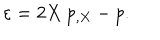
\varepsilon = 2 X \ p _ { , X } - p .